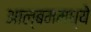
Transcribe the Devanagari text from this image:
आल्बममध्ये